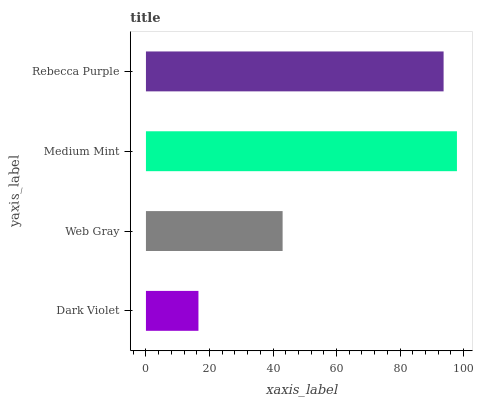
| yaxis_label | bars |
 | --- | --- |
 | Dark Violet | 16.5 |
 | Web Gray | 43 |
 | Medium Mint | 97.9 |
 | Rebecca Purple | 93.7 |